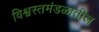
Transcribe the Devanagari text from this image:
विश्वस्तमंडळातील